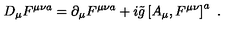
D _ { \mu } F ^ { \mu \nu a } = \partial _ { \mu } F ^ { \mu \nu a } + i \tilde { g } \left[ A _ { \mu } , F ^ { \mu \nu } \right] ^ { a } \ .